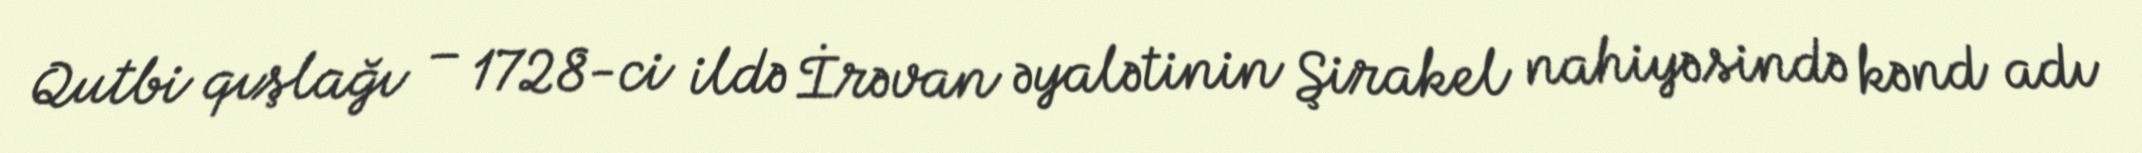
Qutbi qışlağı – 1728-ci ildə İrəvan əyalətinin Şirakel nahiyəsində kənd adı